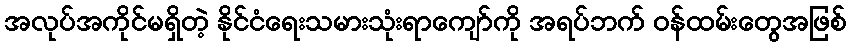
အလုပ်အကိုင်မရှိတဲ့ နိုင်ငံရေးသမားသုံးရာကျော်ကို အရပ်ဘက် ဝန်ထမ်းတွေအဖြစ်